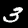
Digit: 3